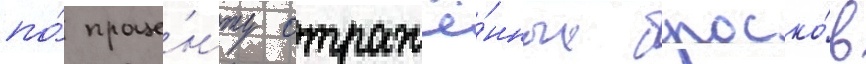
по́ проце́нту отражё́нных броско́в